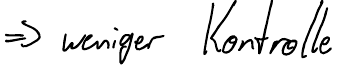
=> weniger Kontrolle